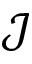
\mathcal { J }